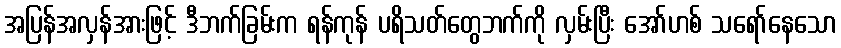
အပြန်အလှန်အားဖြင့် ဒီဘက်ခြမ်းက ရန်ကုန် ပရိသတ်တွေဘက်ကို လှမ်းပြီး အော်ဟစ် သရော်နေသော